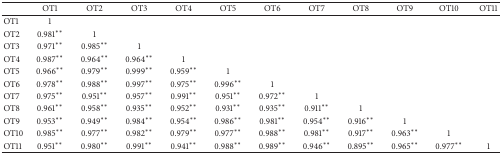
|  | OT1 | OT2 | OT3 | OT4 | OT5 | OT6 | OT7 | OT8 | OT9 | OT10 | OT11 |
 | --- | --- | --- | --- | --- | --- | --- | --- | --- | --- | --- | --- |
 | OT1 | 1 |  |  |  |  |  |  |  |  |  |  |
 | OT2 | 0.981** | 1 |  |  |  |  |  |  |  |  |  |
 | OT3 | 0.971** | 0.985** | 1 |  |  |  |  |  |  |  |  |
 | OT4 | 0.987** | 0.964** | 0.964** | 1 |  |  |  |  |  |  |  |
 | OT5 | 0.966** | 0.979** | 0.999** | 0.959** | 1 |  |  |  |  |  |  |
 | OT6 | 0.978** | 0.988** | 0.997** | 0.975** | 0.996** | 1 |  |  |  |  |  |
 | OT7 | 0.975** | 0.951** | 0.957** | 0.991** | 0.951** | 0.972** | 1 |  |  |  |  |
 | OT8 | 0.961** | 0.958** | 0.935** | 0.952** | 0.931** | 0.935** | 0.911** | 1 |  |  |  |
 | OT9 | 0.953** | 0.949** | 0.984** | 0.954** | 0.986** | 0.981** | 0.954** | 0.916** | 1 |  |  |
 | OT10 | 0.985** | 0.977** | 0.982** | 0.979** | 0.977** | 0.988** | 0.981** | 0.917** | 0.963** | 1 |  |
 | OT11 | 0.951** | 0.980** | 0.991** | 0.941** | 0.988** | 0.989** | 0.946** | 0.895** | 0.965** | 0.977** | 1 |